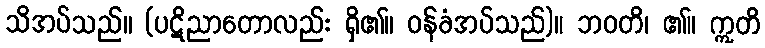
သိအပ်သည်။ (ပဋိညာတောလည်း ရှိ၏။ ဝန်ခံအပ်သည်)။ ဘဝတိ၊ ၏။ ဣတိ